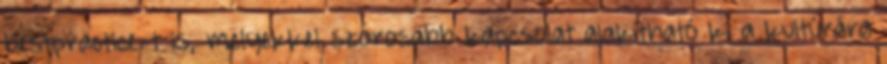
bestpractice-t is, melyekkel szorosabb kapcsolat alakítható ki a kultúrára